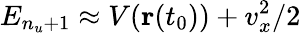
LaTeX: E_{n_{u}+1}\approx V(\textbf{r}(t_{0}))+v_{x}^{2}/2